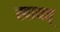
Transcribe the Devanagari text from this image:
स्वायत्त्